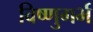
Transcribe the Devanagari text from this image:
विष्णुगर्भ